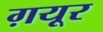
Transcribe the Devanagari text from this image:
ग़यूर